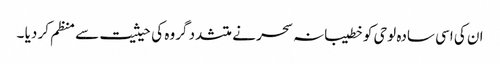
ان کی اسی سادہ لوحی کو خطیبانہ سحر نے متشدد گروہ کی حیثیت سے منظم کر دیا ۔